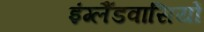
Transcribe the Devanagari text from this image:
इंग्लैंडवासियों